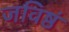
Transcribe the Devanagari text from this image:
जविष्ठं